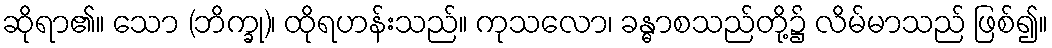
ဆိုရာ၏။ သော (ဘိက္ခု)၊ ထိုရဟန်းသည်။ ကုသလော၊ ခန္ဓာစသည်တို့၌ လိမ်မာသည် ဖြစ်၍။